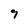
Character: 7